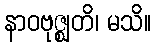
နာဝဗုဇ္ဈတိ၊ မသိ။